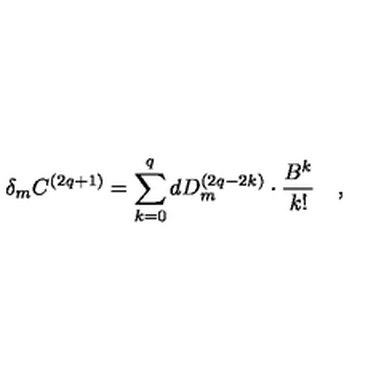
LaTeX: \delta _ { m } C ^ { \left( 2 q + 1 \right) } = \sum _ { k = 0 } ^ { q } d D _ { m } ^ { \left( 2 q - 2 k \right) } \cdot \frac { B ^ { k } } { k ! } \quad ,